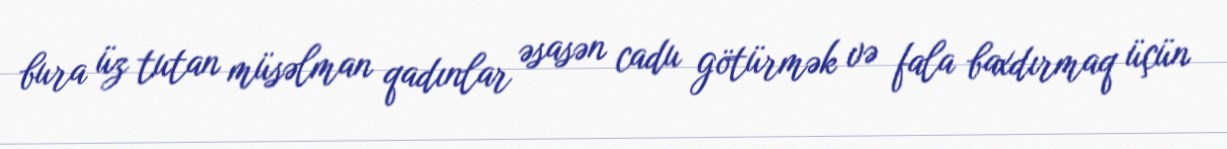
bura üz tutan müsəlman qadınlar əsasən cadu götürmək və fala baxdırmaq üçün